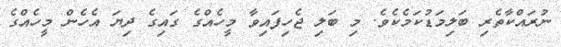
ނުރައްކާތެރި ބަލިމަޑުކަމެކެވެ. މި ބަލި ޖެހިފައިވާ މީހެއްގެ ގައިގެ ދިޔަ އެހެން މީހެއްގެ